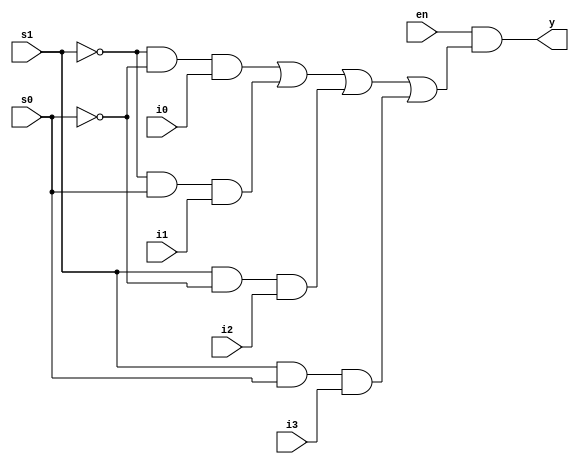
// Sankatmochan Bot : Task 1 B : Multiplexer
/*
Instructions
-------------------
Students are not allowed to make any changes in the Module declaration.
This file is used to design a 4:1 multiplexer.

Recommended Quartus Version : 19.1
The submitted project file must be 19.1 compatible as the evaluation will be done on Quartus Prime Lite 19.1.

Warning: The error due to compatibility will not be entertained.
			Do not make any changes to Test_Bench_Vector.txt file. Violating will result into Disqualification.
-------------------
*/

//4:1 multiplexer
//Inputs : 4 inputs - i3 to i0, 2 select lines - s1 and s0, enable input - en.
//Output : y

//////////////////DO NOT MAKE ANY CHANGES IN MODULE///////////////////////////////
module mux_4_to_1(
	input i3,i2,i1,i0,         //Inputs
	input s1,s0,               //Select Lines
	input en,                  //enable
	output y                   //output
	);
	
////////////////////////WRITE YOUR CODE FROM HERE////////////////////



assign y=en&((~s1 & ~s0 & i0)|   (~s1 & s0 & i1) |   (s1 & ~s0 & i2)  |  (s1 & s0 & i3));



	
///////////////////////YOUR CODE ENDS HERE////////////////////////////
endmodule
///////////////////////////////MODULE ENDS///////////////////////////